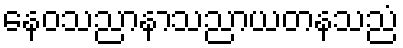
နေဝသညာနာသညာယတနသညံ